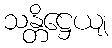
သန္တိဋ္ဌေယျ